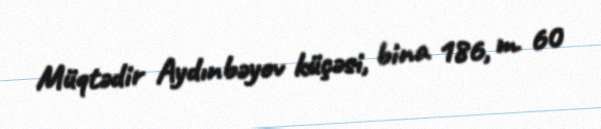
Müqtədir Aydınbəyov küçəsi, bina 186, m. 60